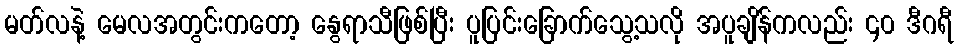
မတ်လနဲ့ မေလအတွင်းကတော့ နွေရာသီဖြစ်ပြီး ပူပြင်းခြောက်သွေ့သလို အပူချိန်ကလည်း ၄၀ ဒီဂရီ